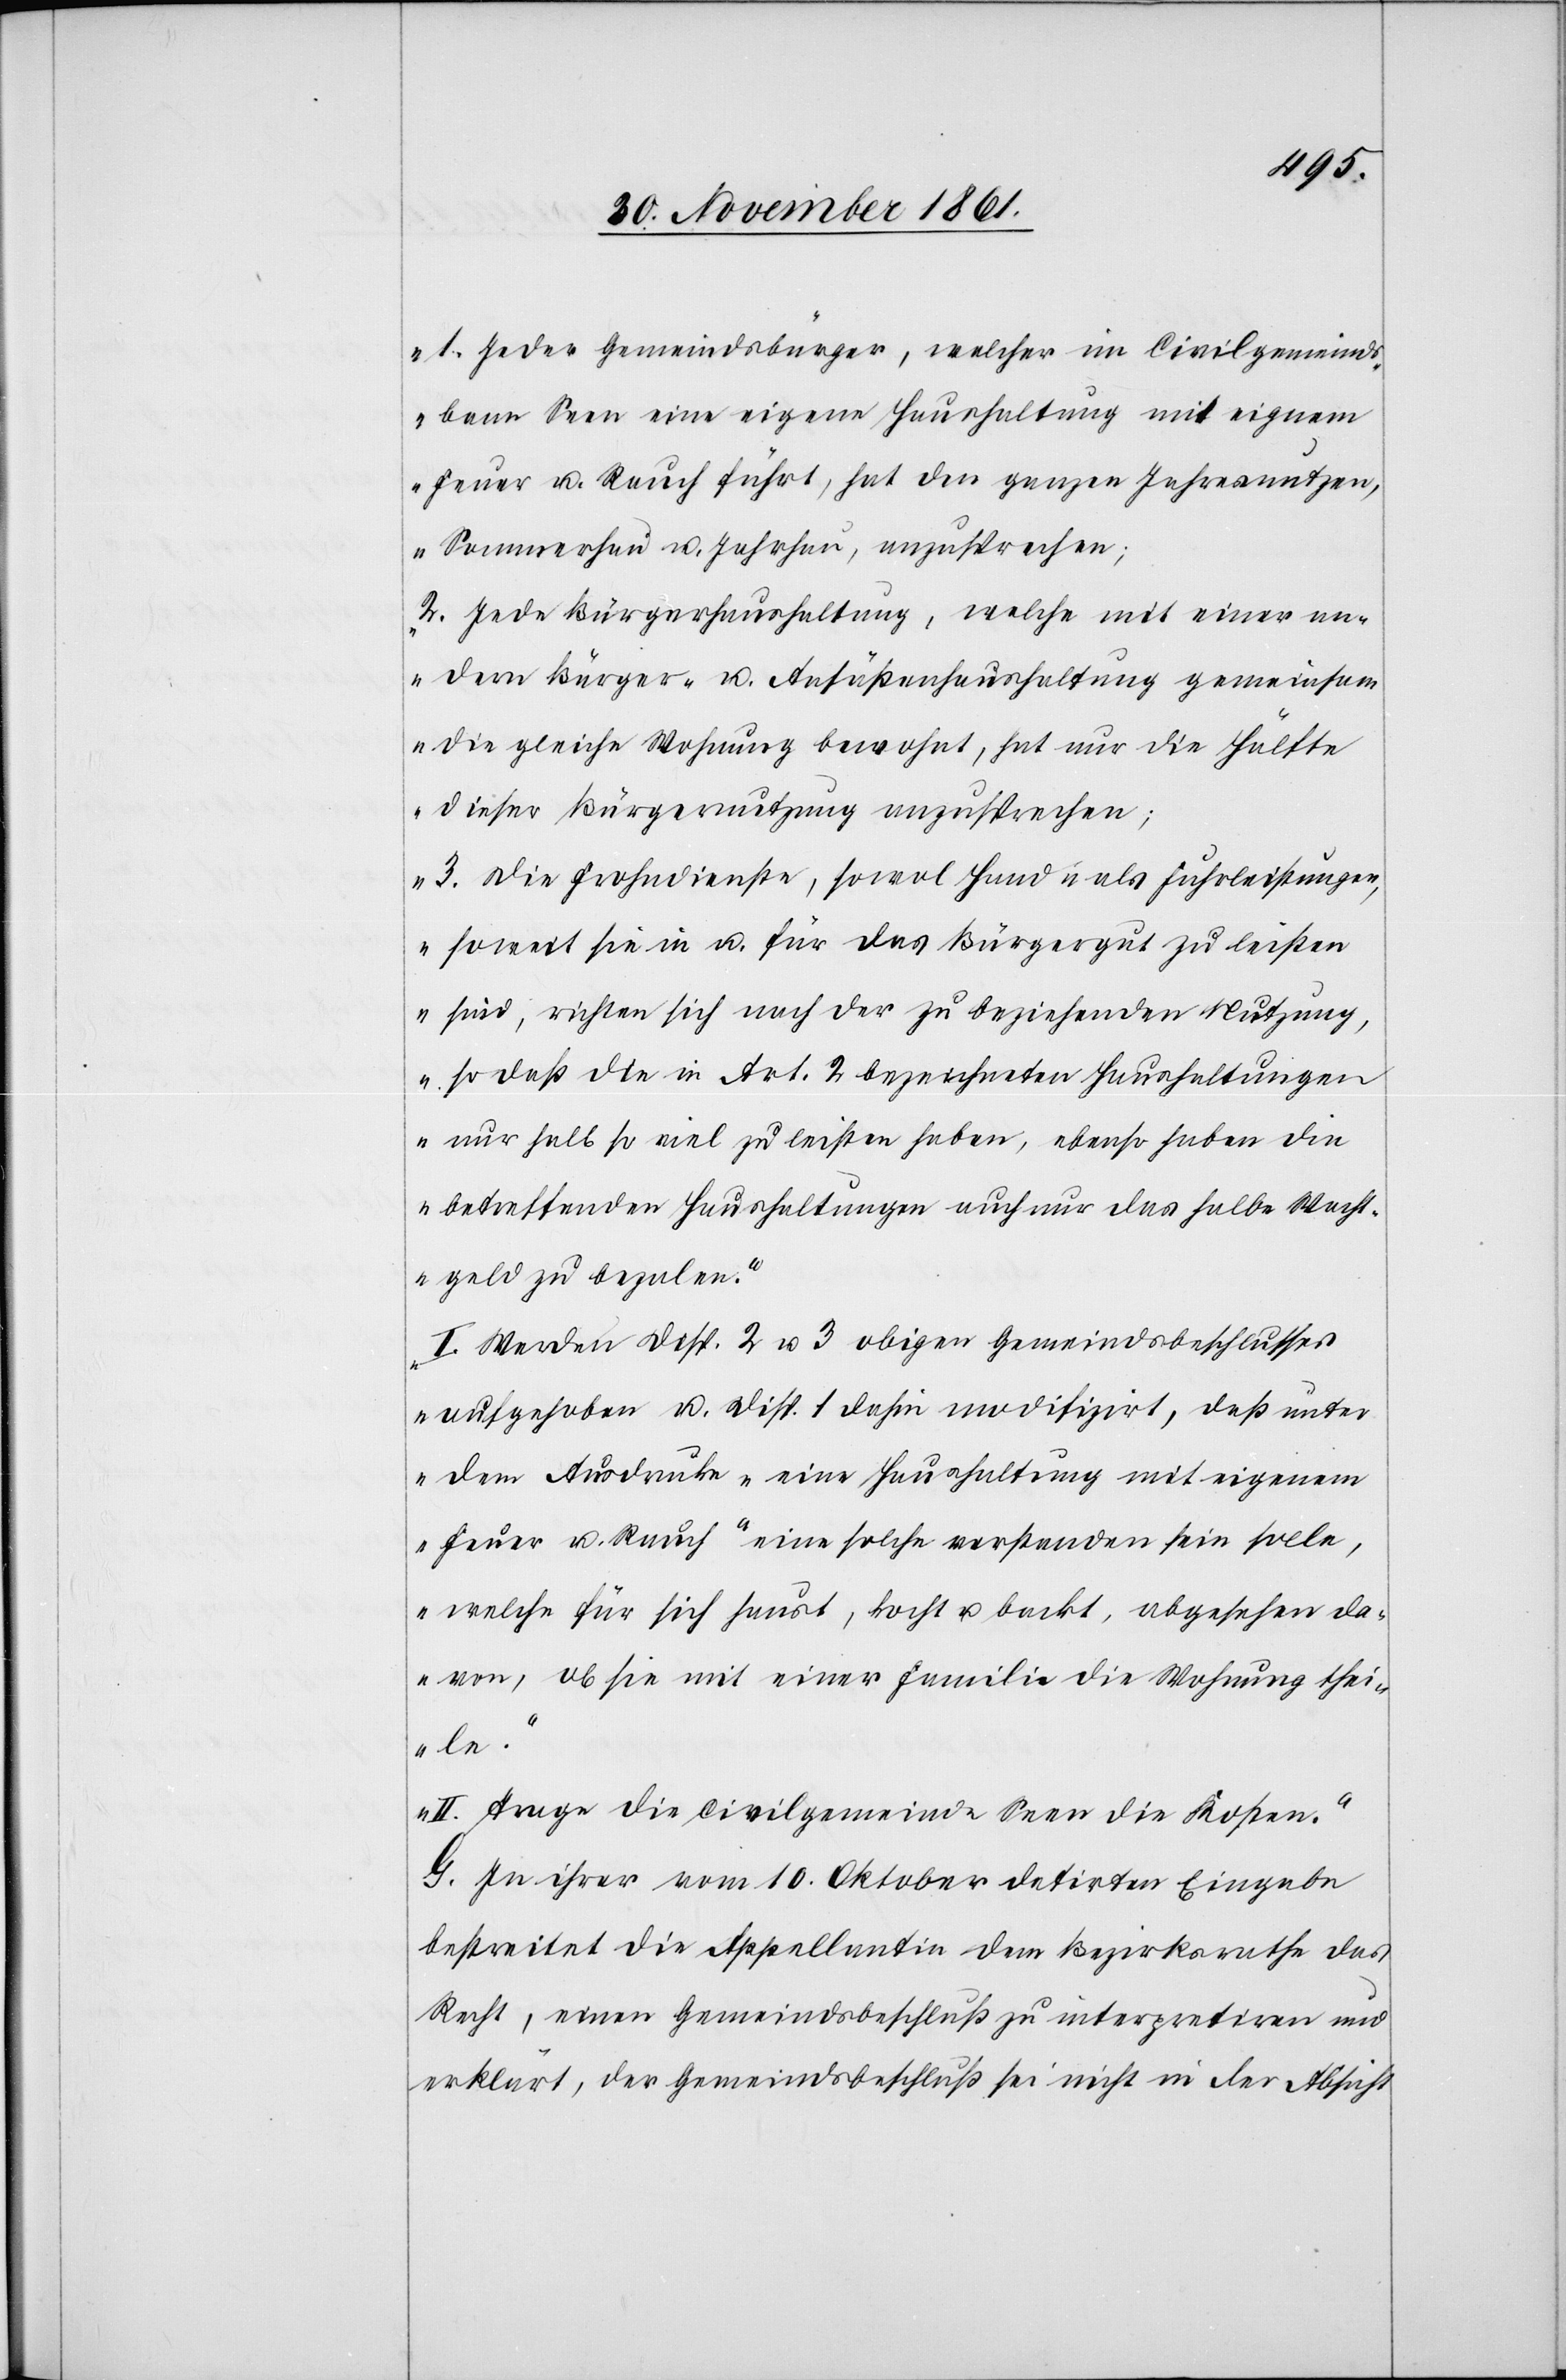
„1.) Jeder Gemeindsbürger, welcher im Civilgemeinds¬
bann Seen eine eigene Haushaltung mit eignem
Feuer u. Rauch führt, hat den ganzen Jahresnutzen,
Sommerhau u. Jahrhau, anzusprechen;
2. Jede Bürgerhaushaltung, welche mit einer an¬
dern Bürger- u. Ansäßenhaushaltung gemeinsam
die gleiche Wohnung bewohnt, hat nur die Hälfte
dieser Bürgernutzung anzusprechen;
3. Die Frohndienste, sowol Hand- als Fuhrleistungen,
soweit sie in u. für das Bürgergut zu leisten
sind, richten sich nach der zu beziehenden Nutzung,
so daß die in Art. 2 bezeichneten Haushaltungen
nur halb so viel zu leisten haben, ebenso haben die
betreffenden Haushaltungen auch nur das halbe Wacht¬
geld zu bezalen.
I. Werden Disp. 2 u. 3 obigen Gemeindsbeschlusses
aufgehoben u. Disp. 1 dahin modifizirt, daß unter
dem Ausdrucke „eine Haushaltung mit eigenem
Feuer u. Rauch“ eine solche verstanden sein solle,
welche für sich haust, kocht u. backt, abgesehen da¬
von, ob sie mit einer Familie die Wohnunge thei¬
le.
II. Trage die Civilgemeinde Seen die Kosten.“
G. In ihrer vom 10 Oktober datirten Eingabe
bestreitet die Appellantin dem Bezirksrathe das
Recht, einen Gemeindsbeschluß zu interpretiren und
erklärt, der Gemeindsbeschluß sei nicht in der Absicht